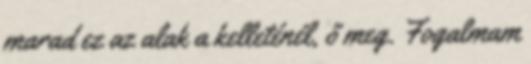
marad ez az alak a kelleténél, ő meg. Fogalmam